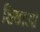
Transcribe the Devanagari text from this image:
शिछाओं